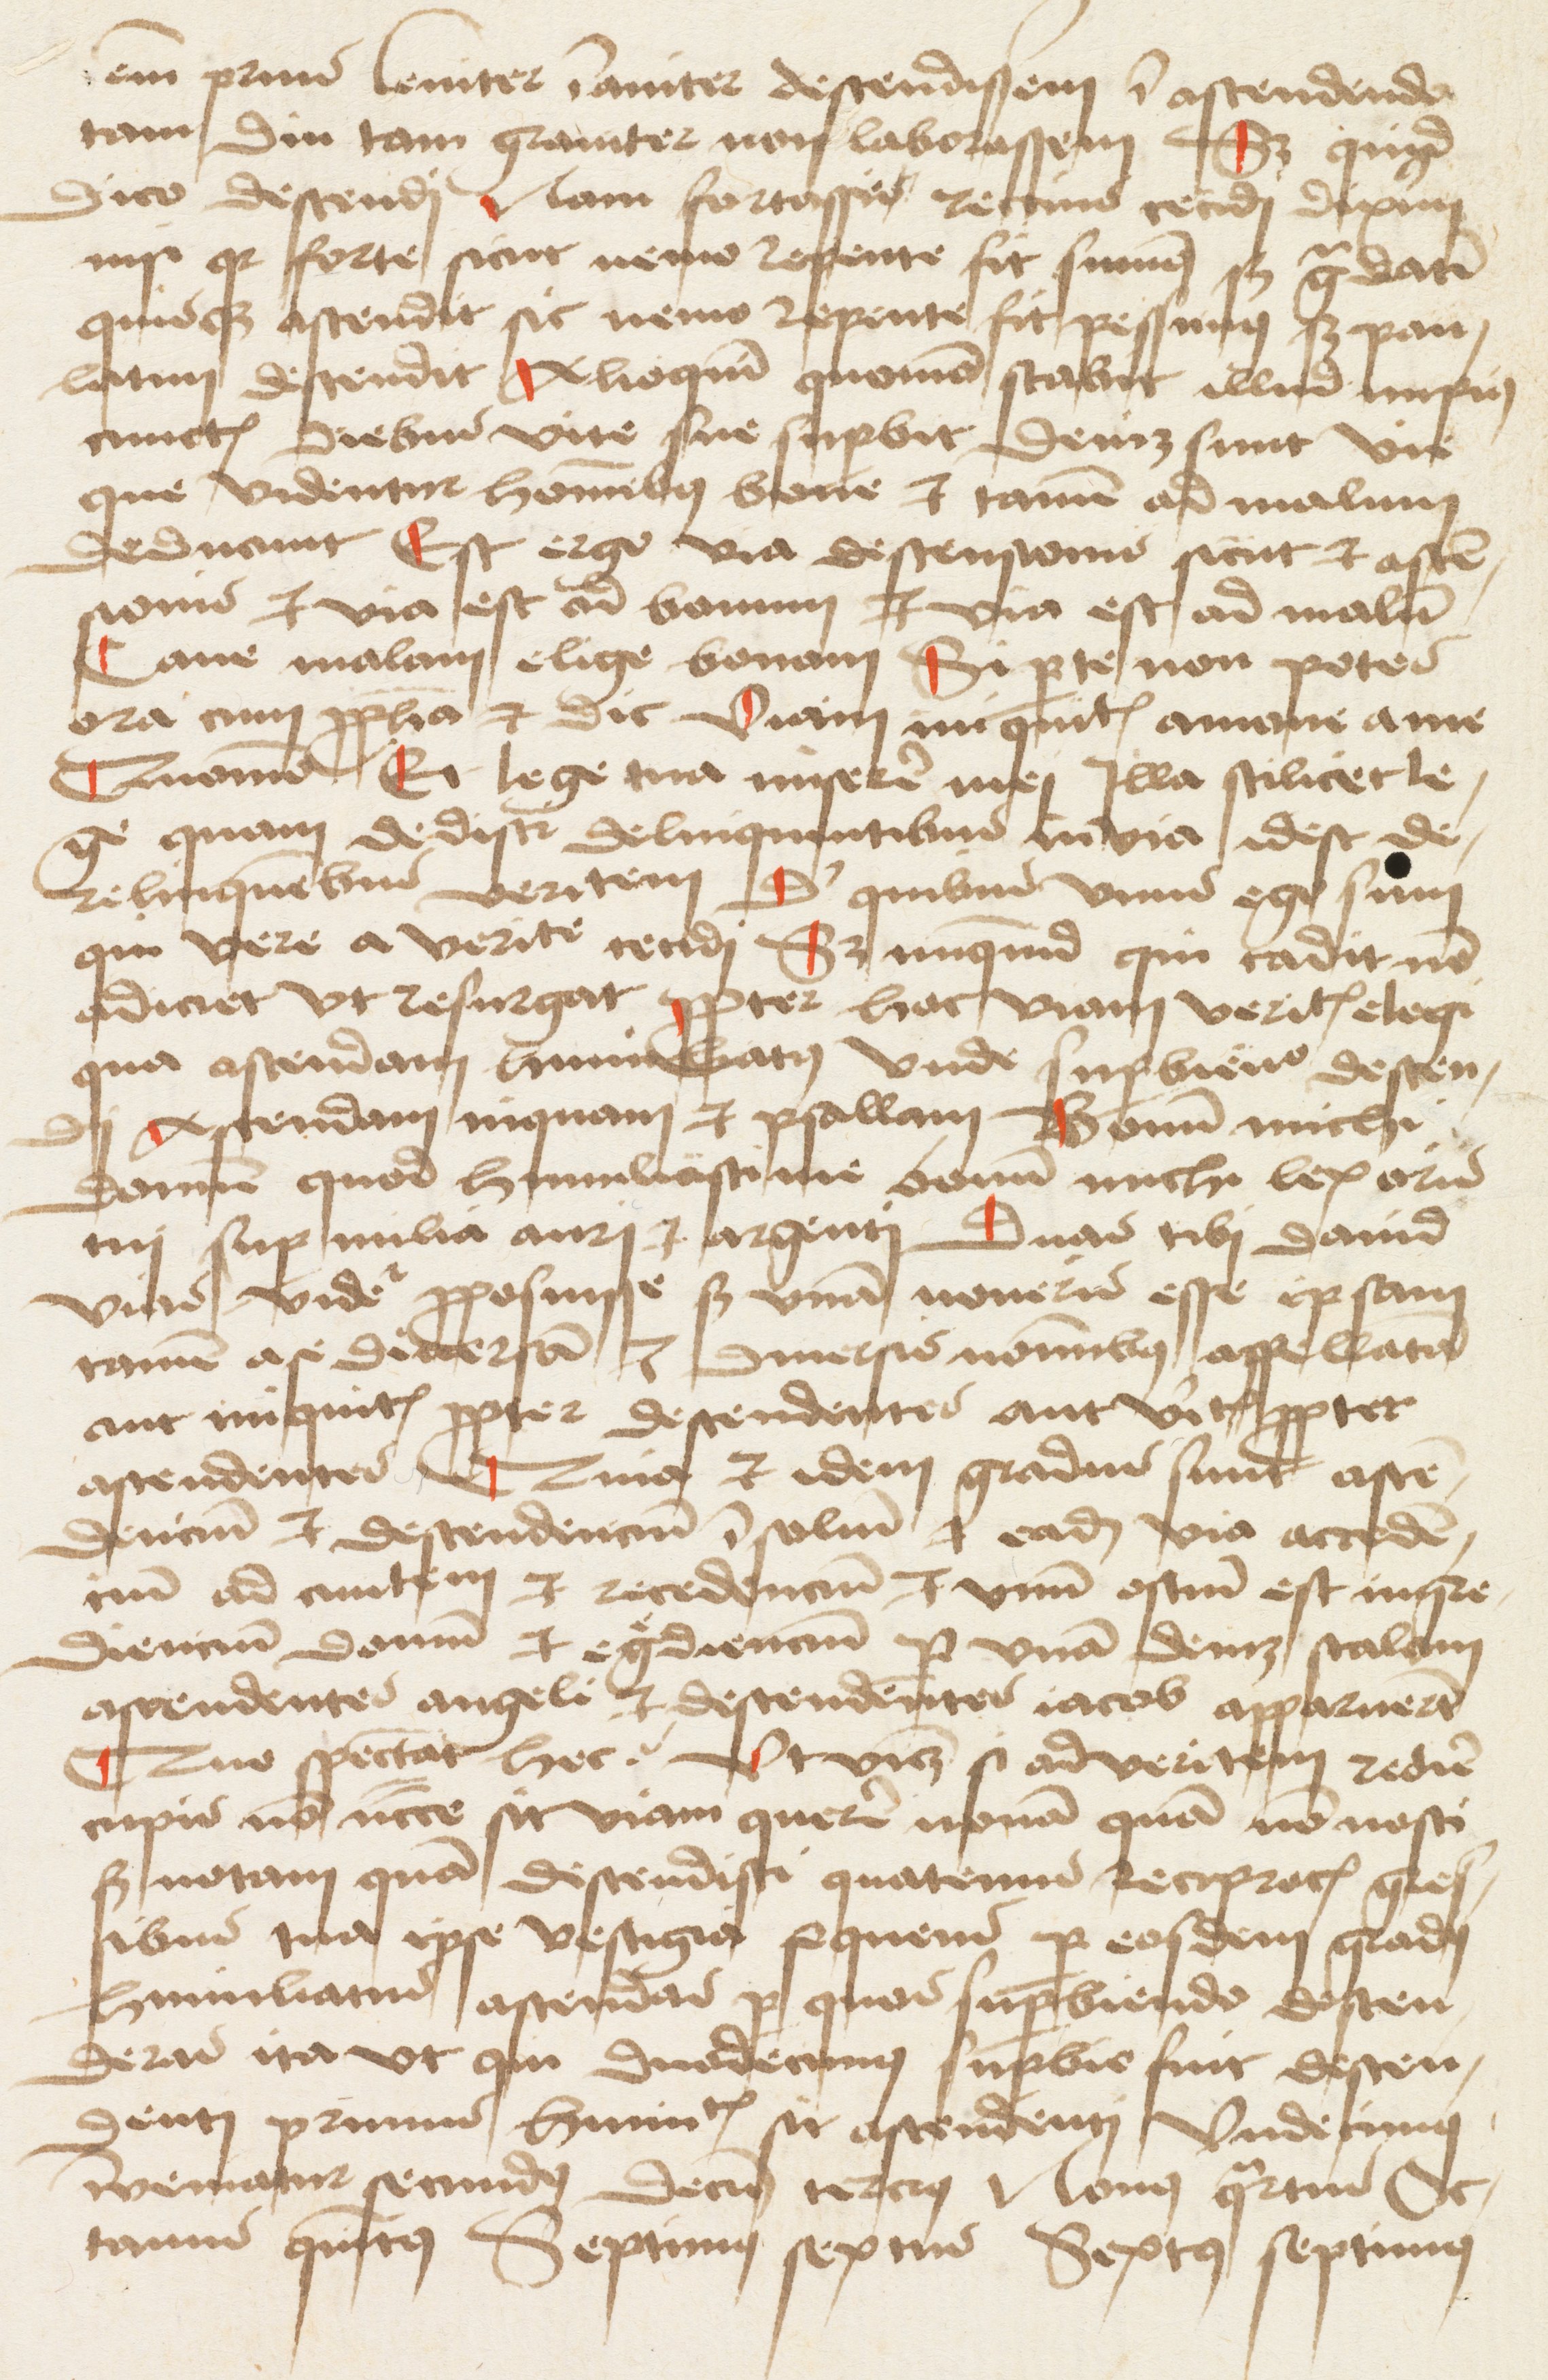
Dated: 1475–1499